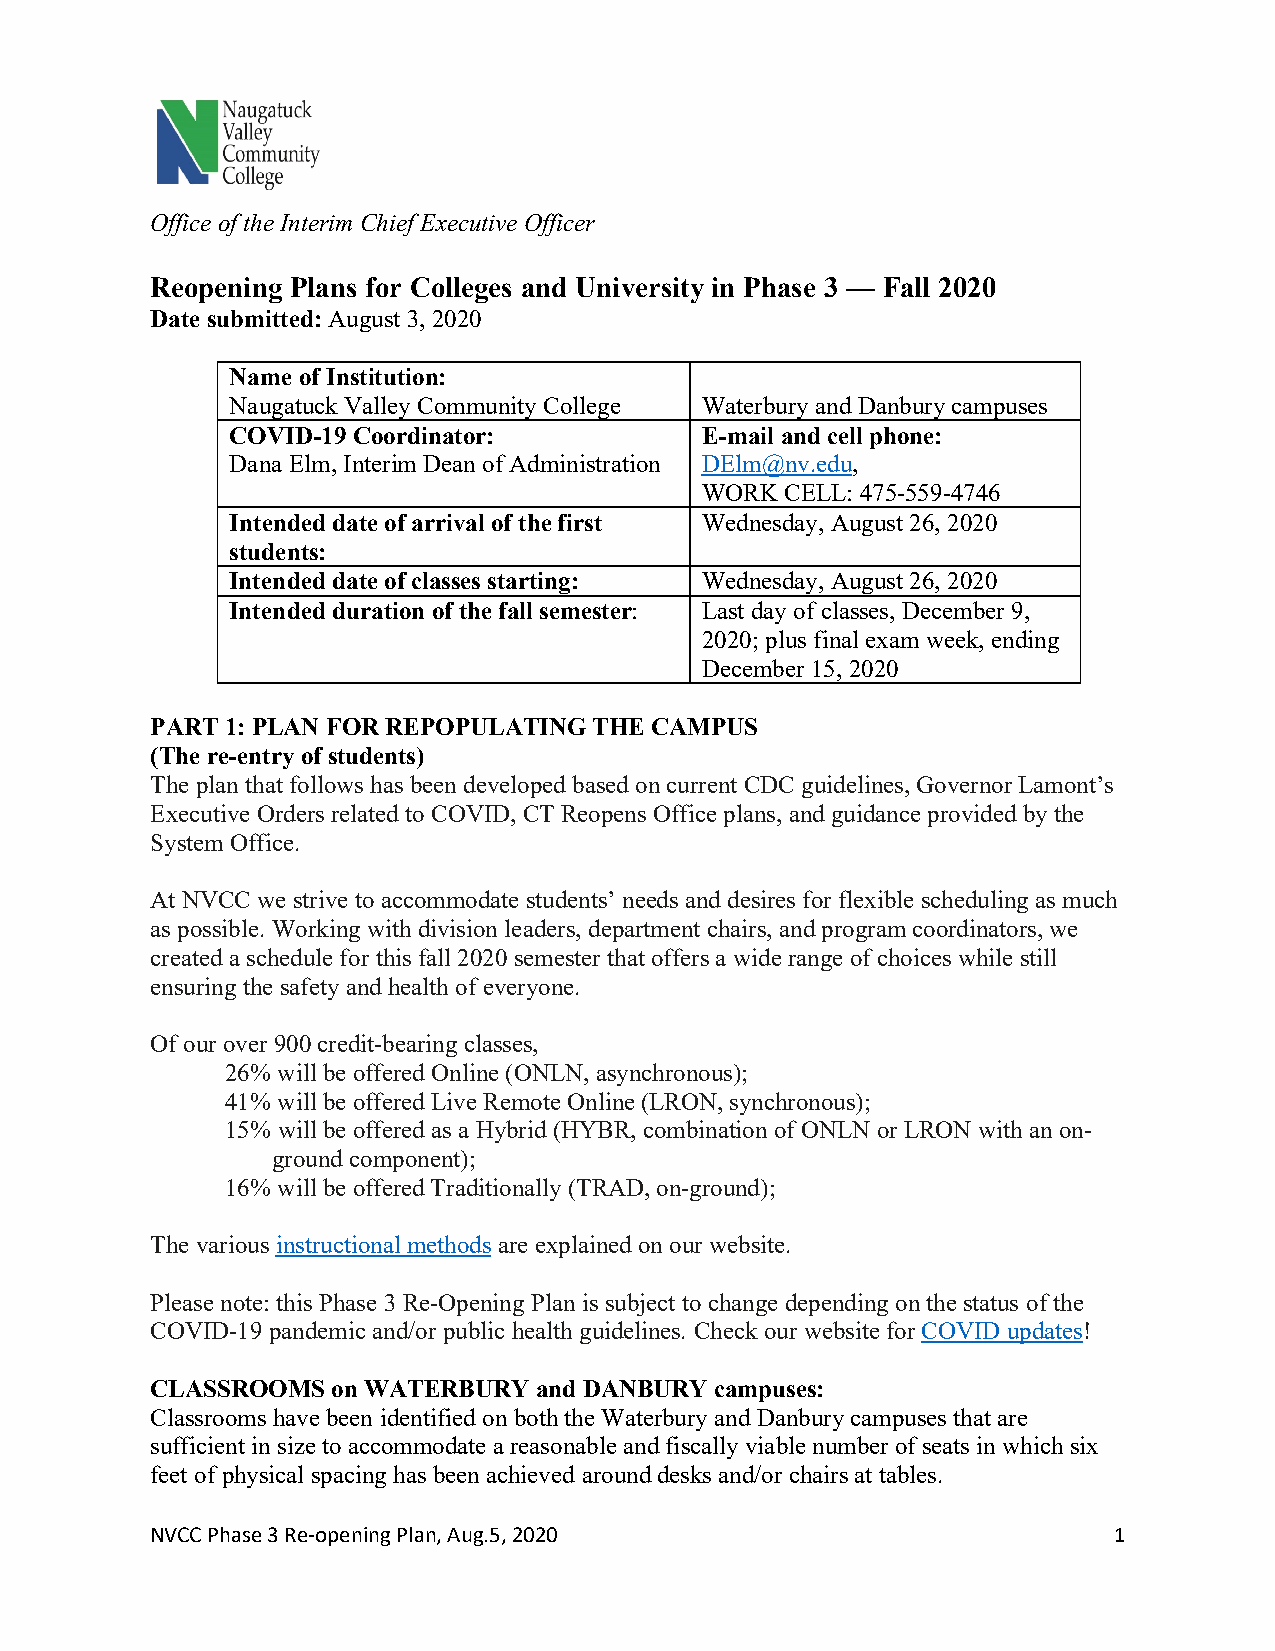
Office of the Interim Chief Executive Officer
 Reopening Plans for Colleges and University in Phase 3 — Fall 2020
 Date submitted: August 3, 2020
 Name of Institution:
 Naugatuck Valley Community College Waterbury and Danbury campuses
 COVID-19 Coordinator:          E-mail and cell phone:
 Dana Elm, Interim Dean of Administration DElm@nv.edu,
 WORK  CELL: 475-559-4746
 Intended date of arrival of the first Wednesday, August 26, 2020
 students:
 Intended date of classes starting: Wednesday, August 26, 2020
 Intended duration of the fall semester: Last day of classes, December 9,
 2020; plus final exam week, ending
 December 15, 2020
 PART 1: PLAN FOR REPOPULATING THE CAMPUS
 (The re-entry of students)
 The plan that follows has been developed based on current CDC guidelines, Governor Lamont’s
 Executive Orders related to COVID, CT Reopens Office plans, and guidance provided by the
 System Office.
 At NVCC we strive to accommodate students’ needs and desires for flexible scheduling as much
 as possible. Working with division leaders, department chairs, and program coordinators, we
 created a schedule for this fall 2020 semester that offers a wide range of choices while still
 ensuring the safety and health of everyone.
 Of our over 900 credit-bearing classes,
 26% will be offered Online (ONLN, asynchronous);
 41% will be offered Live Remote Online (LRON, synchronous);
 15% will be offered as a Hybrid (HYBR, combination of ONLN or LRON with an on-
 ground component);
 16% will be offered Traditionally (TRAD, on-ground);
 The various instructional methods are explained on our website.
 Please note: this Phase 3 Re-Opening Plan is subject to change depending on the status of the
 COVID-19 pandemic and/or public health guidelines. Check our website for COVID updates!
 CLASSROOMS  on WATERBURY and DANBURY campuses:
 Classrooms have been identified on both the Waterbury and Danbury campuses that are
 sufficient in size to accommodate a reasonable and fiscally viable number of seats in which six
 feet of physical spacing has been achieved around desks and/or chairs at tables.
 NVCC Phase 3 Re-opening Plan, Aug.5, 2020                       1